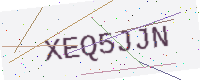
Text: XEQ5JJN